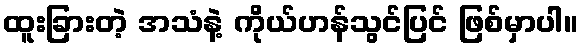
ထူးခြားတဲ့ အသံနဲ့ ကိုယ်ဟန်သွင်ပြင် ဖြစ်မှာပါ။